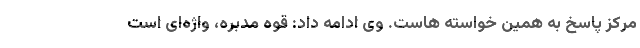
مرکز پاسخ به همین خواسته هاست. وی ادامه داد: قوه مدبره، واژه‌ای است